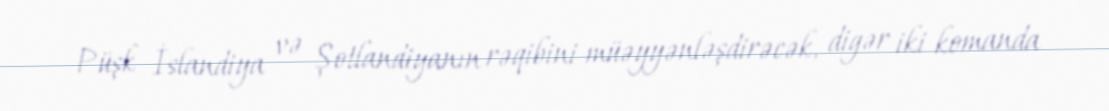
Püşk İslandiya və Şotlandiyanın rəqibini müəyyənləşdirəcək, digər iki komanda